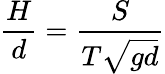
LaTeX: \frac{H}{d}=\frac{S}{T\sqrt{gd}}